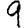
Digit: 9